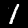
Digit: 1